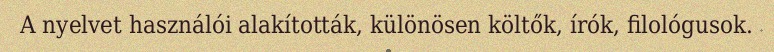
A nyelvet használói alakították, különösen költők, írók, filológusok.